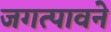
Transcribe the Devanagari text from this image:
जगत्पावने